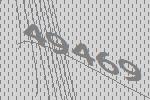
49469